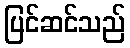
ပြင်ဆင်သည်